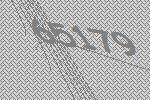
65179